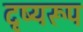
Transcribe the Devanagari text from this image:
दृष्यरूप